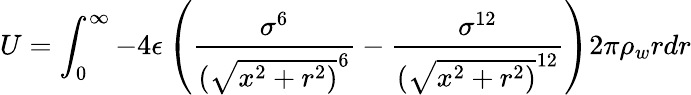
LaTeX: U=\int_{0}^{\infty}-4\epsilon\left(\frac{\sigma^{6}}{(\sqrt{x^{2}+r^{2})}^{6}}-\frac{\sigma^{12}}{(\sqrt{x^{2}+r^{2})}^{12}}\right)2\pi\rho_{w}rdr